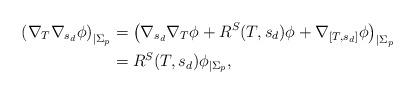
LaTeX: \begin{align*}\left( \nabla_T \nabla_{s_d} \phi \right)_{|\Sigma_p} & = \left( \nabla_{s_d} \nabla_{T} \phi + R^{S}(T,s_d) \phi + \nabla_{[T,s_d]} \phi \right)_{|\Sigma_p} \\& = R^S(T,s_d) \phi_{|\Sigma_p},\end{align*}